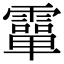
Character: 𩅦